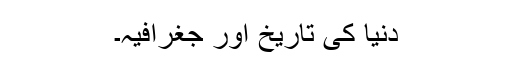
دنیا کی تاریخ اور جغرافیہ۔